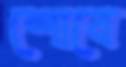
শোবে